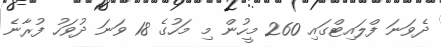
ދެވަނަ ފްލައިޓްގައި 260 މީހުން މި މަހުގެ 18 ވަނަ ދުވަހު ފުރާނެ